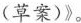
(草案)》。